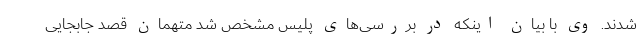
شدند. وی با بیان اینکه در بررسی‌های پلیس مشخص شد متهمان قصد جابجایی